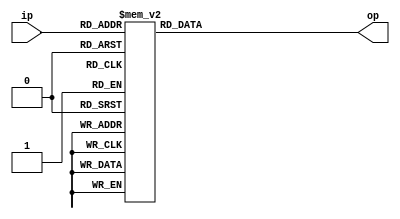
`timescale 1ns / 1ps
//////////////////////////////////////////////////////////////////////////////////
// Company: 
// Engineer: 
// 
// Design Name: 
// Module Name: decoder
// Project Name: 
// Target Devices: 
// Tool Versions: 
// Description: 
// 
// Dependencies: 
// 
// Revision:
// Revision 0.01 - File Created
// Additional Comments:
// 
//////////////////////////////////////////////////////////////////////////////////


module decoder3bit(
input [3:0] ip,
output reg [6:0] op
    );
    
 always@(ip)
 begin
     case(ip)
        4'b0000: op = 7'b1000000;
        4'b0001: op = 7'b1111001;
        4'b0010: op = 7'b0100100;
        4'b0011: op = 7'b0110000;
        4'b0100: op = 7'b0011001;
        4'b0101: op = 7'b0010010;
        4'b0110: op = 7'b0000010;
        4'b0111: op = 7'b1111000;
        4'b1000: op = 7'b0000000;
        4'b1001: op = 7'b1111000;
        4'b1010: op = 7'b0000010;
        4'b1011: op = 7'b0010010;
        4'b1100: op = 7'b0011001;
        4'b1101: op = 7'b0110000;
        4'b1110: op = 7'b0100100;
        4'b1111: op = 7'b1111001;
    endcase
 end
     
endmodule